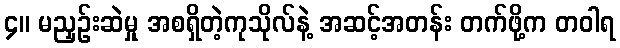
၄။ မညှဉ်းဆဲမှု အစရှိတဲ့ကုသိုလ်နဲ့ အဆင့်အတန်း တက်ဖို့က တဝါရ